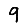
Digit: 9